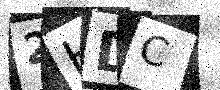
Text: 2HDC